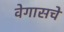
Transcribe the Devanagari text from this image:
वेगासचे